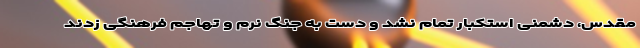
مقدس، دشمنی استکبار تمام نشد و دست به جنگ نرم و تهاجم فرهنگی زدند